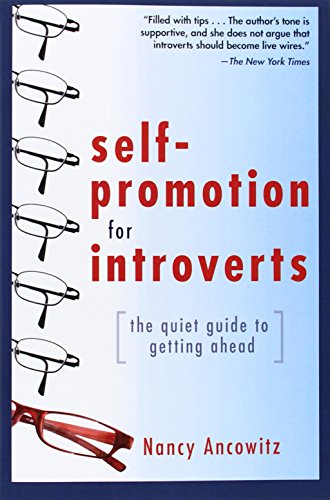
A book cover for Self-Promotion for Introverts: The Quiet Guide to Getting Ahead; Nancy Ancowitz; Business & Money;